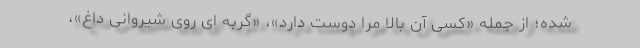
شده؛ از جمله «کسی آن بالا مرا دوست دارد»، «گربه ای روی شیروانی داغ»،